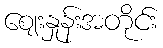
ဈေးနှုန်းအတိုင်း